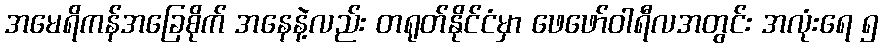
အမေရိကန်အခြေစိုက် အနေနဲ့လည်း တရုတ်နိုင်ငံမှာ ဖေဖော်ဝါရီလအတွင်း အလုံးရေ ၅